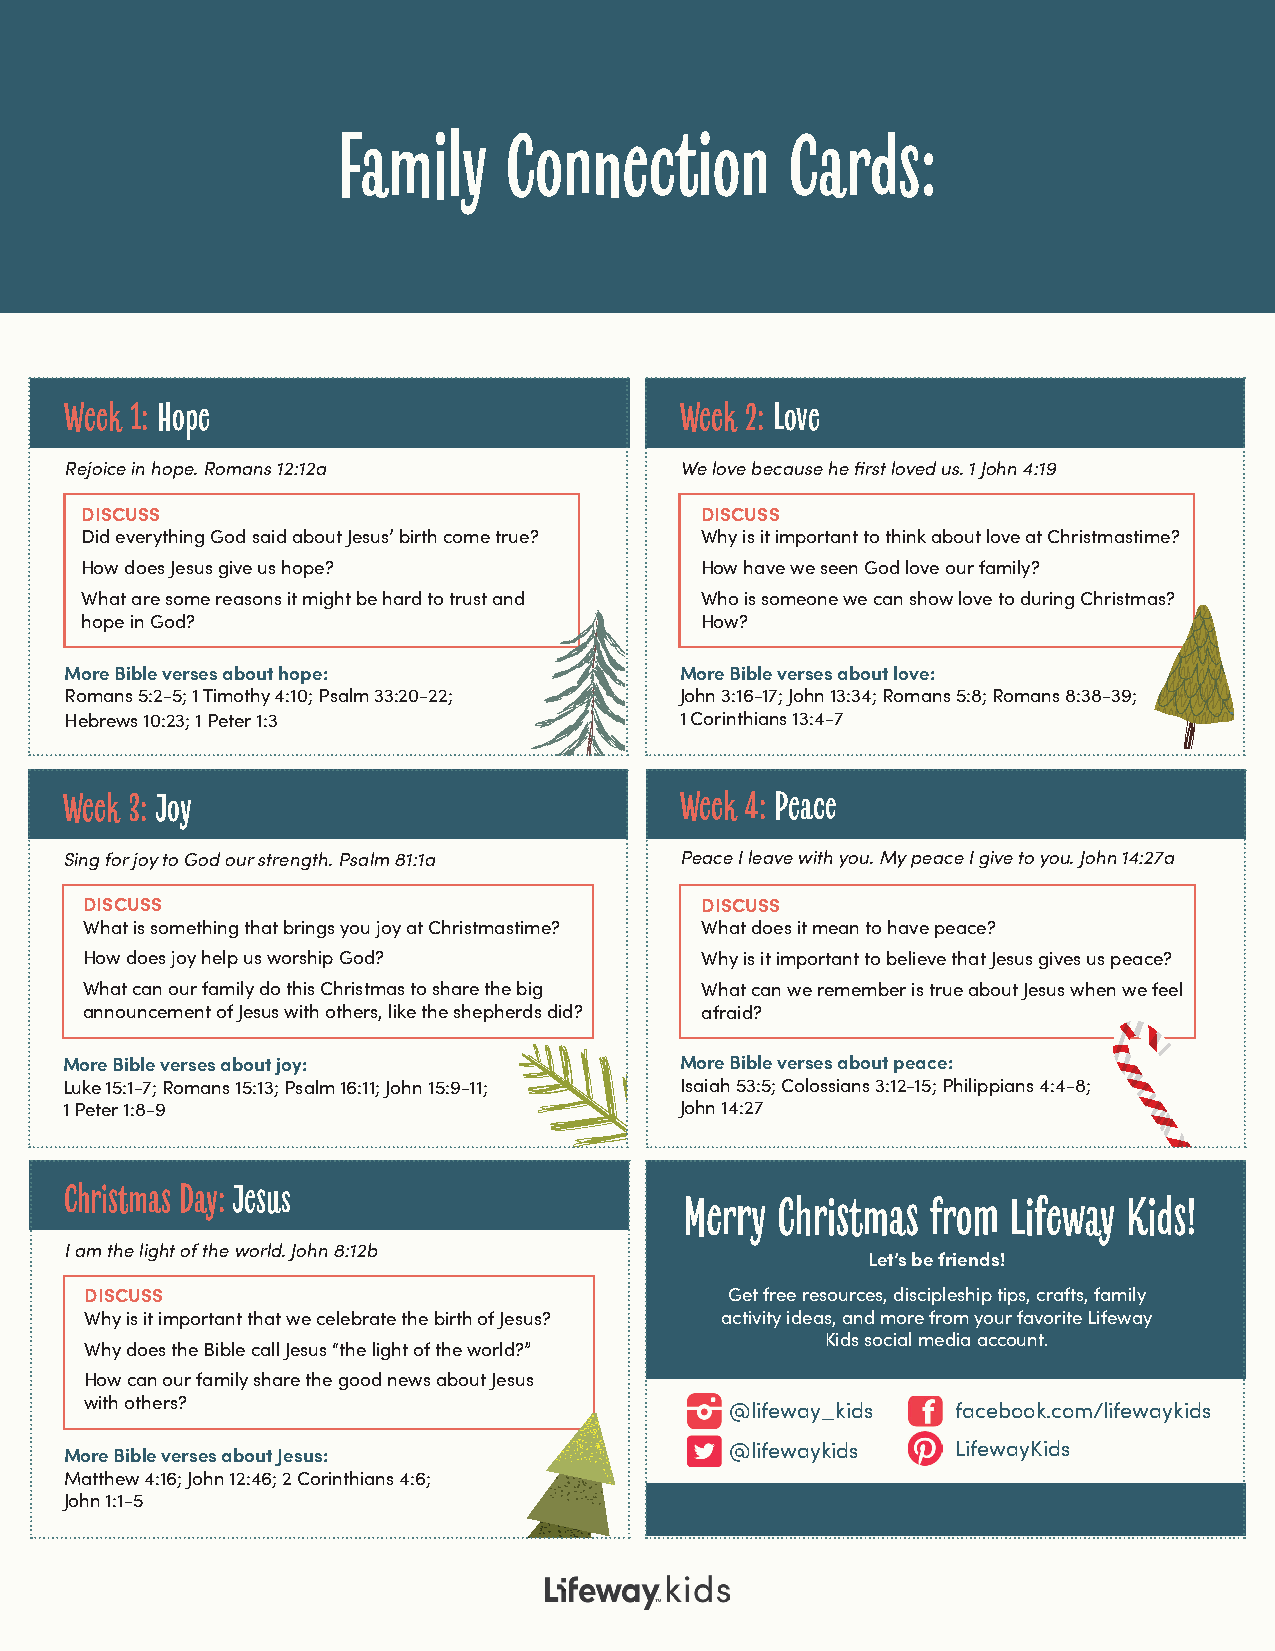
Family     Connection         Cards:
 Week 1: Hope                             Week 2: Love
 Rejoice in hope. Romans 12:12a           We love because he first loved us. 1 John 4:19
 DISCUSS                                  DISCUSS
 Did everything God said about Jesus’ birth come true? Why is it important to think about love at Christmastime?
 How does Jesus give us hope?             How have we seen God love our family?
 What are some reasons it might be hard to trust and Who is someone we can show love to during Christmas?
 hope in God?                             How?
 More Bible verses about hope:            More Bible verses about love:
 Romans 5:2-5; 1 Timothy 4:10; Psalm 33:20-22; John 3:16-17; John 13:34; Romans 5:8; Romans 8:38-39;
 Hebrews 10:23; 1 Peter 1:3               1 Corinthians 13:4-7
 Week 3: Joy                              Week 4: Peace
 Sing for joy to God our strength. Psalm 81:1a Peace I leave with you. My peace I give to you. John 14:27a
 DISCUSS                                  DISCUSS
 What is something that brings you joy at Christmastime? What does it mean to have peace?
 How does joy help us worship God?        Why is it important to believe that Jesus gives us peace?
 What can our family do this Christmas to share the big What can we remember is true about Jesus when we feel
 announcement of Jesus with others, like the shepherds did? afraid?
 More Bible verses about joy:             More Bible verses about peace:
 Luke 15:1-7; Romans 15:13; Psalm 16:11; John 15:9-11; Isaiah 53:5; Colossians 3:12-15; Philippians 4:4-8;
 1 Peter 1:8-9                            John 14:27
 Christmas Day: Jesus
 Merry Christmas  from Lifeway Kids!
 I am the light of the world. John 8:12b
 Let’s be friends!
 DISCUSS                                   Get free resources, discipleship tips, crafts, family
 Why is it important that we celebrate the birth of Jesus? activity ideas, and more from your favorite Lifeway
 Kids social media account.
 Why does the Bible call Jesus “the light of the world?”
 How can our family share the good news about Jesus
 with others?
 @lifeway_kids  facebook.com/lifewaykids
 More Bible verses about Jesus:              @lifewaykids   LifewayKids
 Matthew 4:16; John 12:46; 2 Corinthians 4:6;
 John 1:1-5